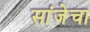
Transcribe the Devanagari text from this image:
सांजेचा